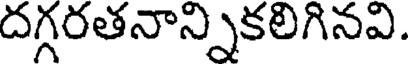
దగ్గరతనాన్నికలిగినవి.